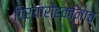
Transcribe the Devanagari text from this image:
गिर्यारोहकांनाच